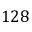
1 2 8